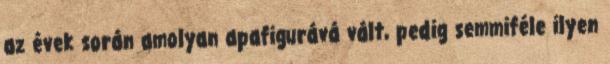
az évek során amolyan apafigurává vált, pedig semmiféle ilyen